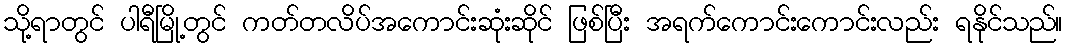
သို့ရာတွင် ပါရီမြို့တွင် ကတ်တလိပ်အကောင်းဆုံးဆိုင် ဖြစ်ပြီး အရက်ကောင်းကောင်းလည်း ရနိုင်သည်။